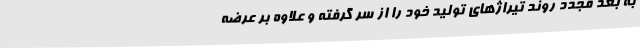
به بعد مجدد روند تیراژهای تولید خود را از سر گرفته و علاوه بر عرضه